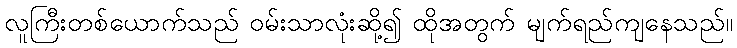
လူကြီးတစ်ယောက်သည် ဝမ်းသာလုံးဆို့၍ ထိုအတွက် မျက်ရည်ကျနေသည်။